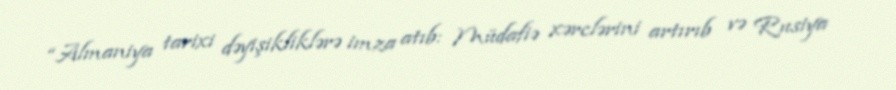
“Almaniya tarixi dəyişikliklərə imza atıb: Müdafiə xərclərini artırıb və Rusiya